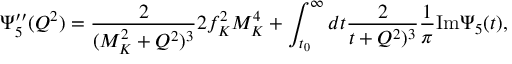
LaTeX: \Psi _ { 5 } ^ { \prime \prime } ( Q ^ { 2 } ) = \frac { 2 } { ( M _ { K } ^ { 2 } + Q ^ { 2 } ) ^ { 3 } } 2 f _ { K } ^ { 2 } M _ { K } ^ { 4 } + \int _ { t _ { 0 } } ^ { \infty } d t \frac { 2 } { t + Q ^ { 2 } ) ^ { 3 } } \frac { 1 } { \pi } \mathrm { I m } \Psi _ { 5 } ( t ) ,